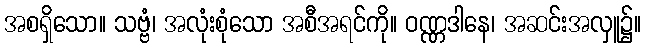
အစရှိသော။ သဗ္ဗံ၊ အလုံးစုံသော အစီအရင်ကို။ ဝဏ္ဏဒါနေ၊ အဆင်းအလှူ၌။